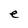
Character: e